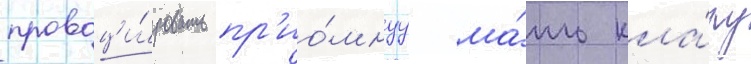
провоци́ровать пр'ио́мнуу ма́ть кла́ру